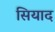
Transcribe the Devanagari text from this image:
सियाद